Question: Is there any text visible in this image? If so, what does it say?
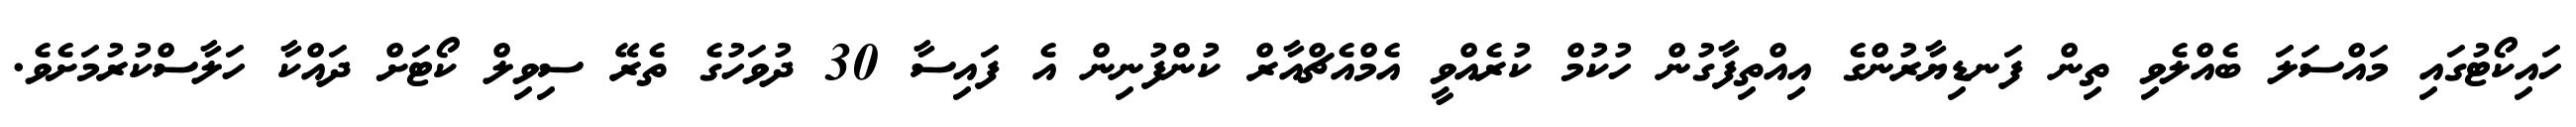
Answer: ހައިކޯޓުގައި މައްސަލަ ބެއްލެވި ތިން ފަނޑިޔާރުންގެ އިއްތިފާގުން ހުކުމް ކުރެއްވީ އެމްއެޗްއާރް ކުންފުނިން އެ ފައިސާ 30 ދުވަހުގެ ތެރޭ ސިވިލް ކޯޓަށް ދައްކާ ހަލާސްކުރުމަށެވެ.